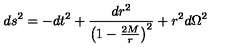
d s ^ { 2 } = - d t ^ { 2 } + \frac { d r ^ { 2 } } { \left( 1 - \frac { 2 M } { r } \right) ^ { 2 } } + r ^ { 2 } d \Omega ^ { 2 }